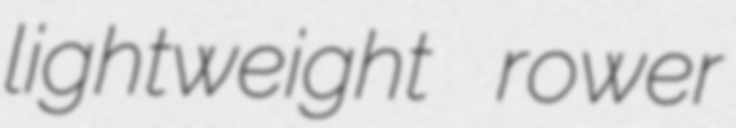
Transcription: lightweight rower